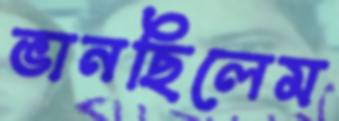
ভানছিলেম